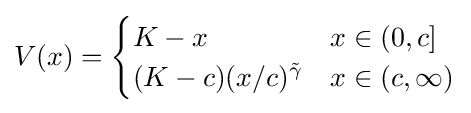
V(x)={\begin{cases}K-x&x\in (0,c]\\(K-c)(x/c)^{\tilde {\gamma }}&x\in (c,\infty )\end{cases}}